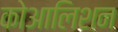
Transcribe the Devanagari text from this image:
कोआलिशन